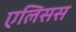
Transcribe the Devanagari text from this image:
एलिसस